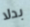
بدلا